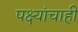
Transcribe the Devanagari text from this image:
पक्ष्यांचाही